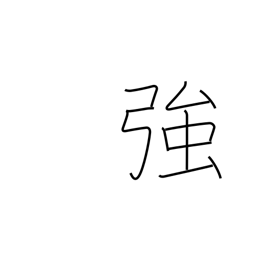
Meaning: strong